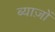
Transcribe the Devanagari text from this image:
ब्याज़ों